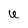
Character: U